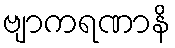
ဗျာကရဏာနိ